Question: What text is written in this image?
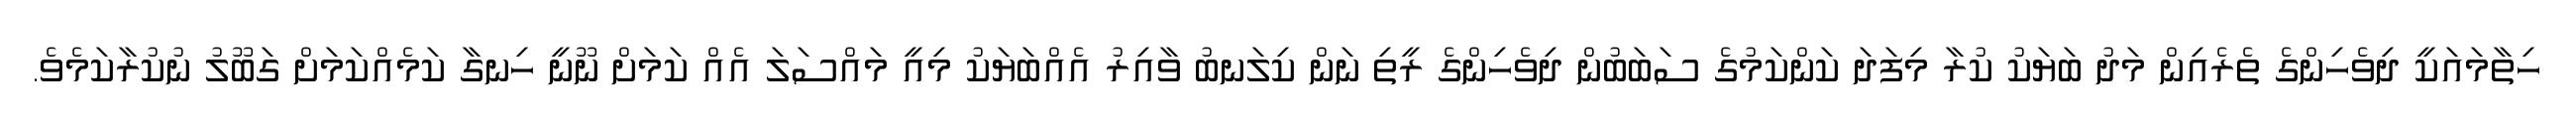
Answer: ހިތާމައަކީ ދިވެހިންގެ ތެރެއިން މަދު ބަޔަކު ކުރާ މިފަދަ ކަންކަމުގެ ސަބަބުން ދިވެހިންގެ ރީތި ނަން ކިލަނބު ވާއިރު އެއްބަޔަކު މިއީ މައްސަލަ އެއް ކަމަށް ނޫނީ ހިނގާ ކަމެއްކަމަށް ގަބޫލު ނުކުރާކަމެވެ.